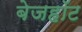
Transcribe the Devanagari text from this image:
बेजहॉट